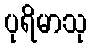
ပုရိမာသု